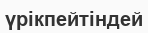
үрікпейтіндей